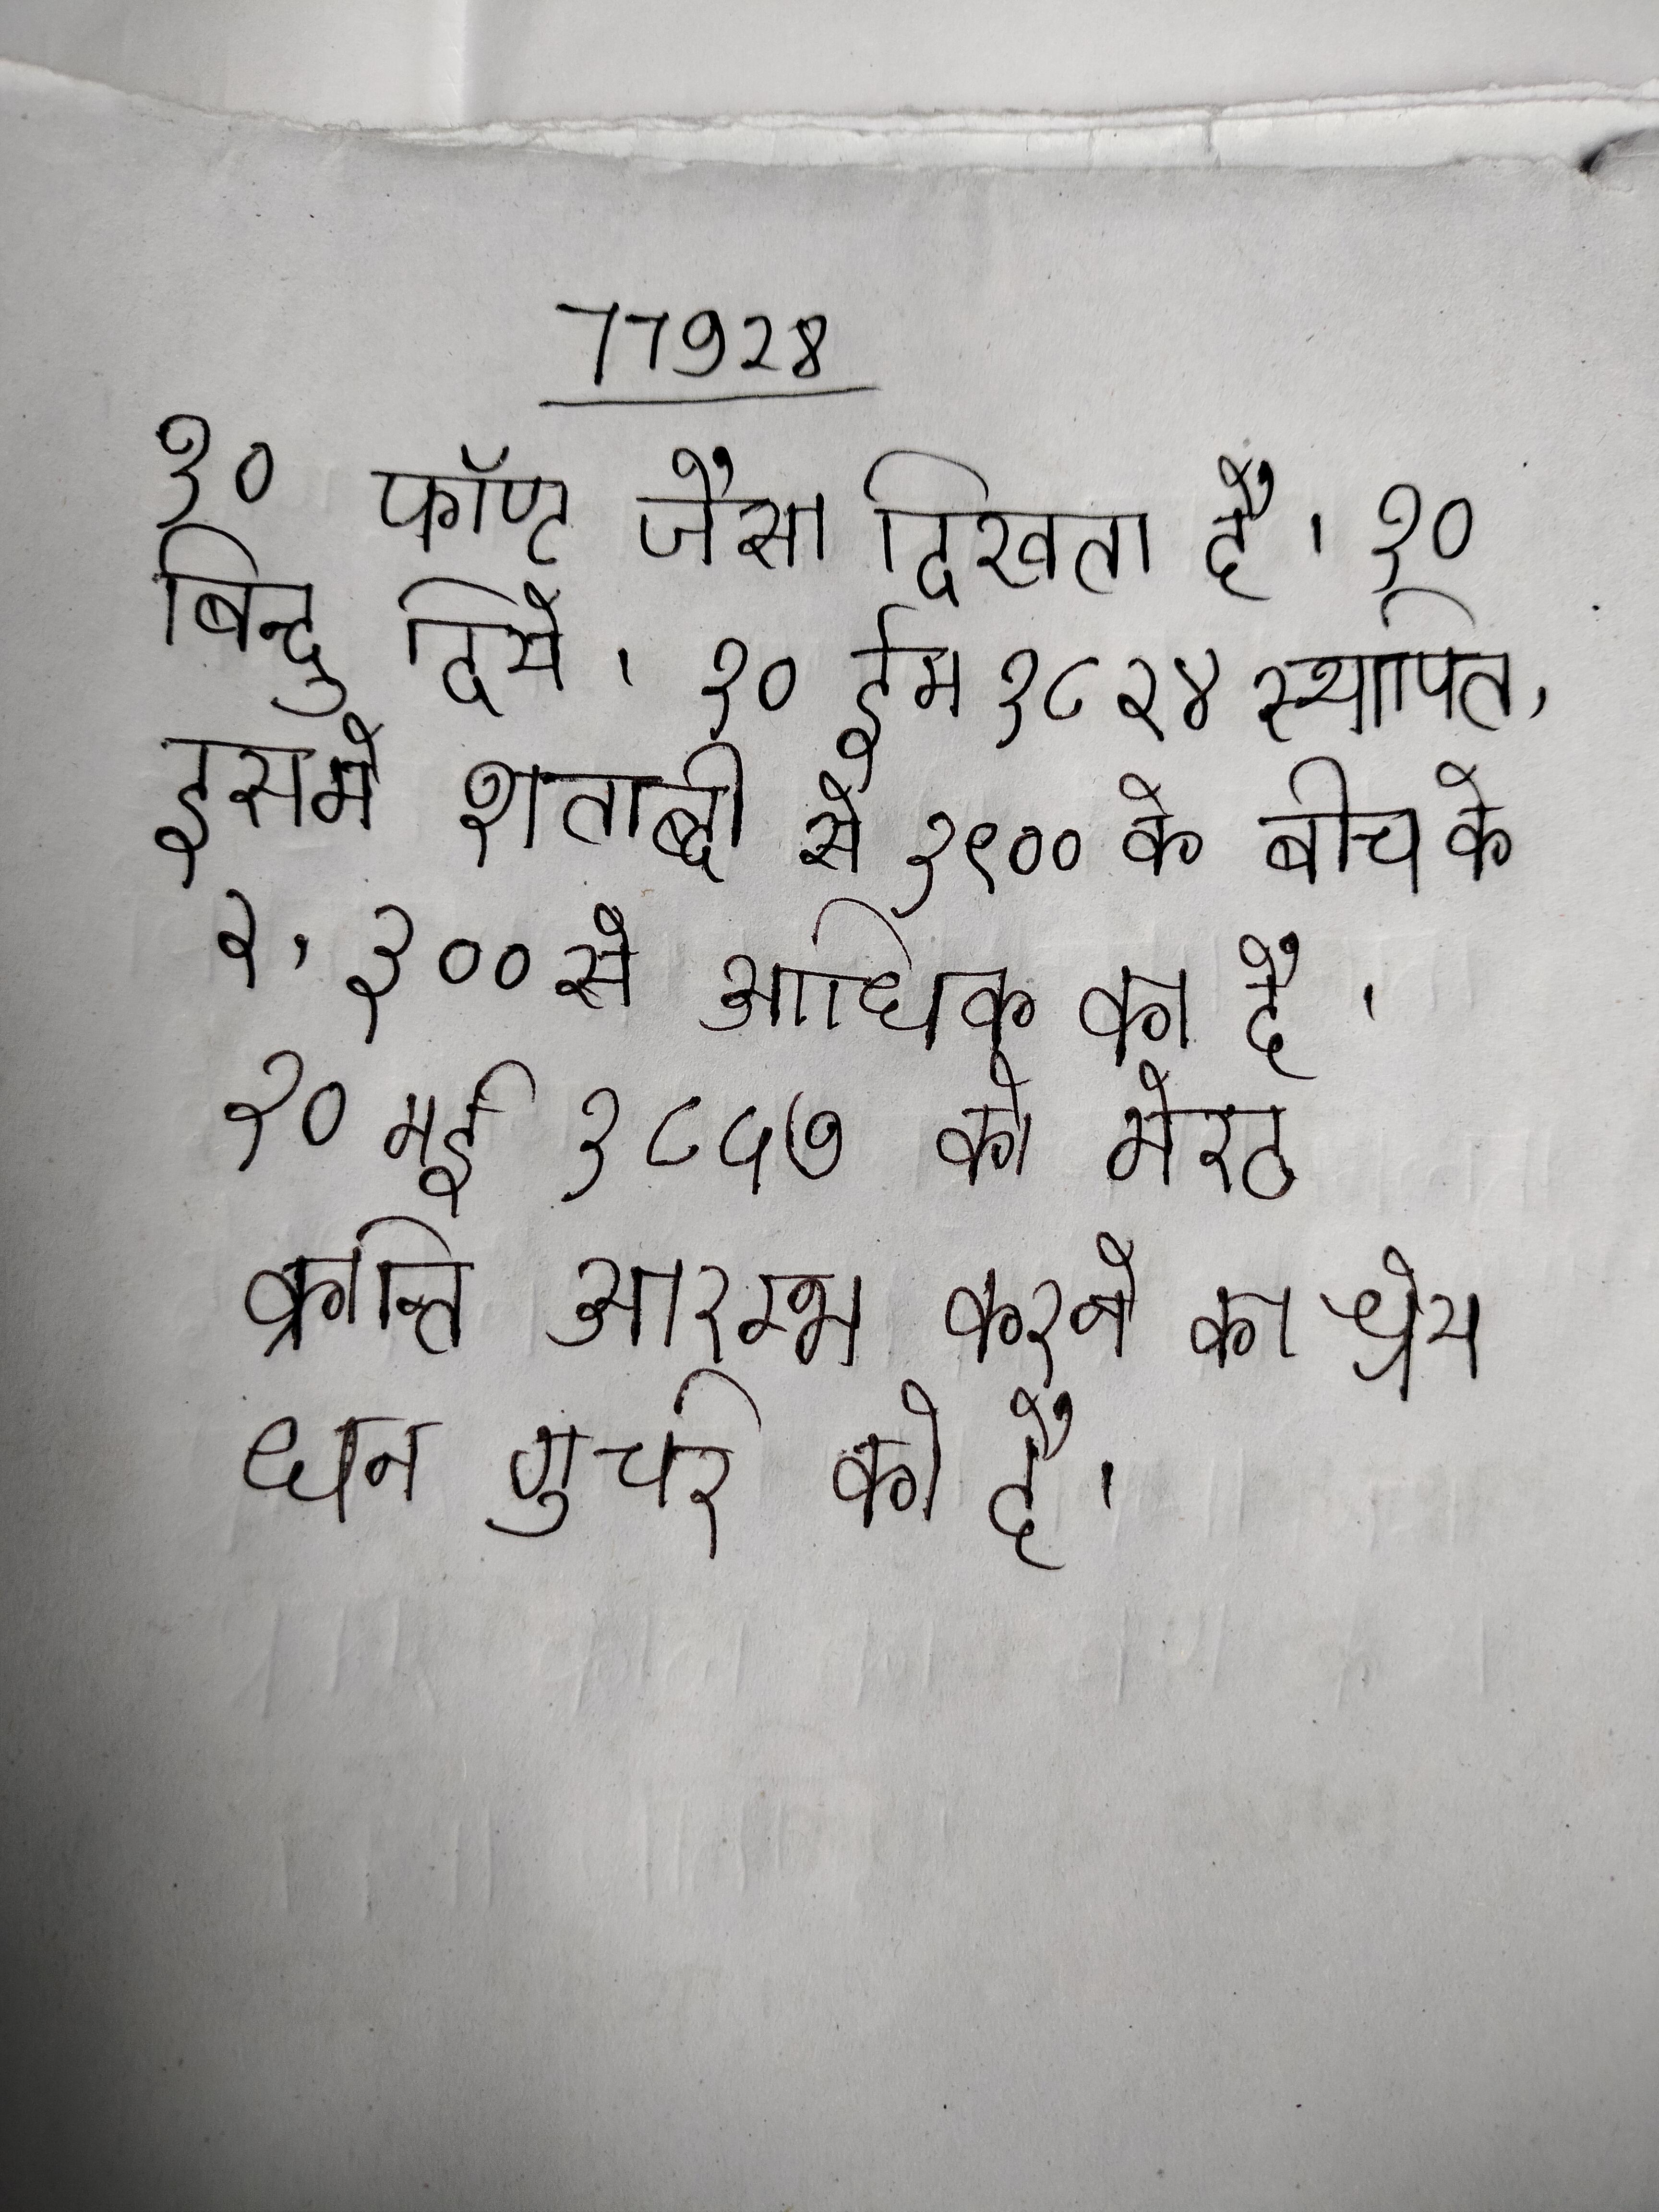
१० फॉण्ट जैसा दिखता है । १० बिन्दु दिये । १० मई १८२४ स्थापित, इसमे शताब्दी से १९०० के बीच के २,३०० से अधिक का है । १० मई १८५७ को मेरठ क्रान्ति आरम्भ करने का श्रेय धन गुर्जर को है ।